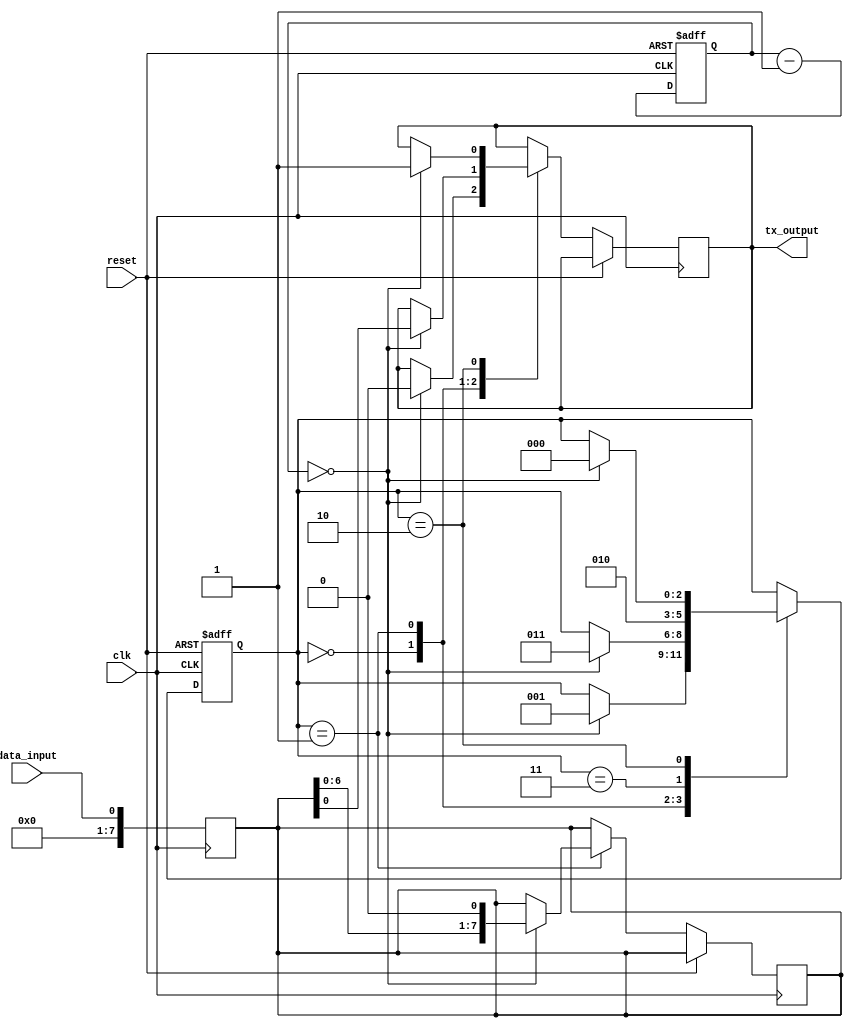
module uart_transmitter (
    input wire clk,
    input wire reset,
    input wire data_input,
    output reg tx_output
);

// Clock generator module
reg [15:0] counter;
always @(posedge clk or posedge reset) begin
    if (reset) begin
        counter <= 16'h8000; // initialize counter to half of the clock period
    end else begin
        counter <= counter - 1;
    end
end

// Data input port
reg [7:0] data_reg;
always @(posedge clk) begin
    data_reg <= data_input;
end

// State machine for UART transmitter
reg [2:0] state;
localparam START = 3'b000, TRANSMIT = 3'b001, STOP = 3'b010, PARITY = 3'b011;
always @(posedge clk or posedge reset) begin
    if (reset) begin
        state <= START;
    end else begin
        case (state)
            START: begin
                if (counter == 0) begin
                    tx_output <= 1'b0; // start bit generation
                    state <= TRANSMIT;
                end
            end
            TRANSMIT: begin
                // Shift out data bits serially with specified baud rate
                if (counter == 0) begin
                    tx_output <= data_reg[0]; // transmit LSB of data
                    data_reg <= {data_reg[6:0], 1'b0}; // shift data left
                    state <= PARITY;
                end
            end
            PARITY: begin
                // Optional parity generation logic
                state <= STOP;
            end
            STOP: begin
                if (counter == 0) begin
                    tx_output <= 1'b1; // stop bit generation
                    state <= START;
                end
            end
        endcase
    end
end

endmodule